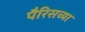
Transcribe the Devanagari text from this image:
पैरिसच्या